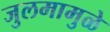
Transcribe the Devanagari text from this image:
जुलमामुळे